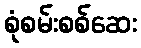
စုံစမ်းစစ်ဆေး